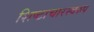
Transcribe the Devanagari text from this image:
शिष्टाचारस्वरुप